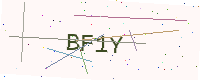
Text: BF1Y